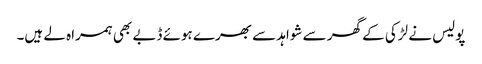
پولیس نے لڑکی کے گھر سے شواہد سے بھرے ہوئے ڈبے بھی ہمراہ لے ہیں۔